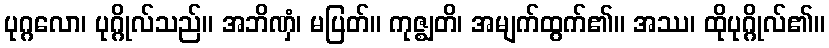
ပုဂ္ဂလော၊ ပုဂ္ဂိုလ်သည်။ အဘိဏှံ၊ မပြတ်။ ကုဇ္ဈတိ၊ အမျက်ထွက်၏။ အဿ၊ ထိုပုဂ္ဂိုလ်၏။